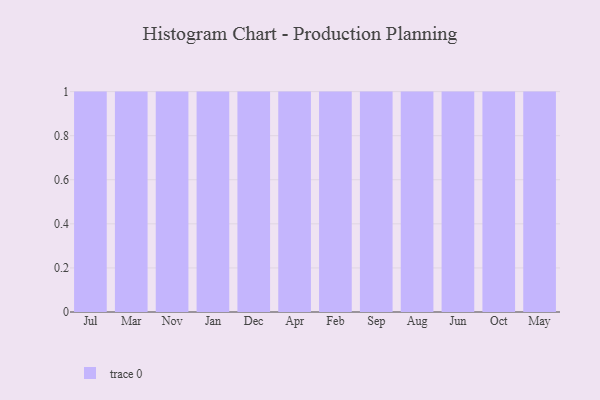
{"axis": {"x": "Month", "y": "Backlog"}, "legend": [""], "data": [{"x": "Jul", "y": 52, "type": ""}, {"x": "Mar", "y": 69, "type": ""}, {"x": "Nov", "y": 44, "type": ""}, {"x": "Jan", "y": 91, "type": ""}, {"x": "Dec", "y": 78, "type": ""}, {"x": "Apr", "y": 46, "type": ""}, {"x": "Feb", "y": 13, "type": ""}, {"x": "Sep", "y": 5, "type": ""}, {"x": "Aug", "y": 100, "type": ""}, {"x": "Jun", "y": 5, "type": ""}, {"x": "Oct", "y": 84, "type": ""}, {"x": "May", "y": 29, "type": ""}]}